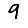
Digit: 9